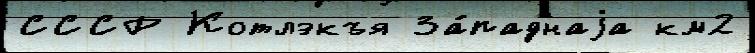
СССР Котлэкъя За́паднаjа км2